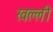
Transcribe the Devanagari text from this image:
खल्ली